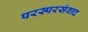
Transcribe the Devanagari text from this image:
परस्परसंवाद